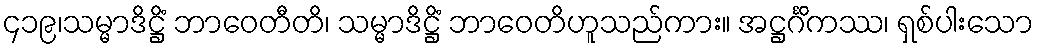
၄၁၉၊သမ္မာဒိဋ္ဌိံ ဘာဝေတီတိ၊ သမ္မာဒိဋ္ဌိံ ဘာဝေတိဟူသည်ကား။ အဋ္ဌင်္ဂိကဿ၊ ရှစ်ပါးသော